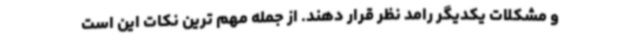
و مشکلات یکدیگر رامد نظر قرار دهند. از جمله مهم ترین نکات این است